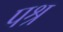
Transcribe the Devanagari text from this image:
पश्र